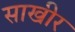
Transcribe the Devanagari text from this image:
साखीर